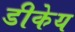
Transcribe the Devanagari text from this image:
डीकेय